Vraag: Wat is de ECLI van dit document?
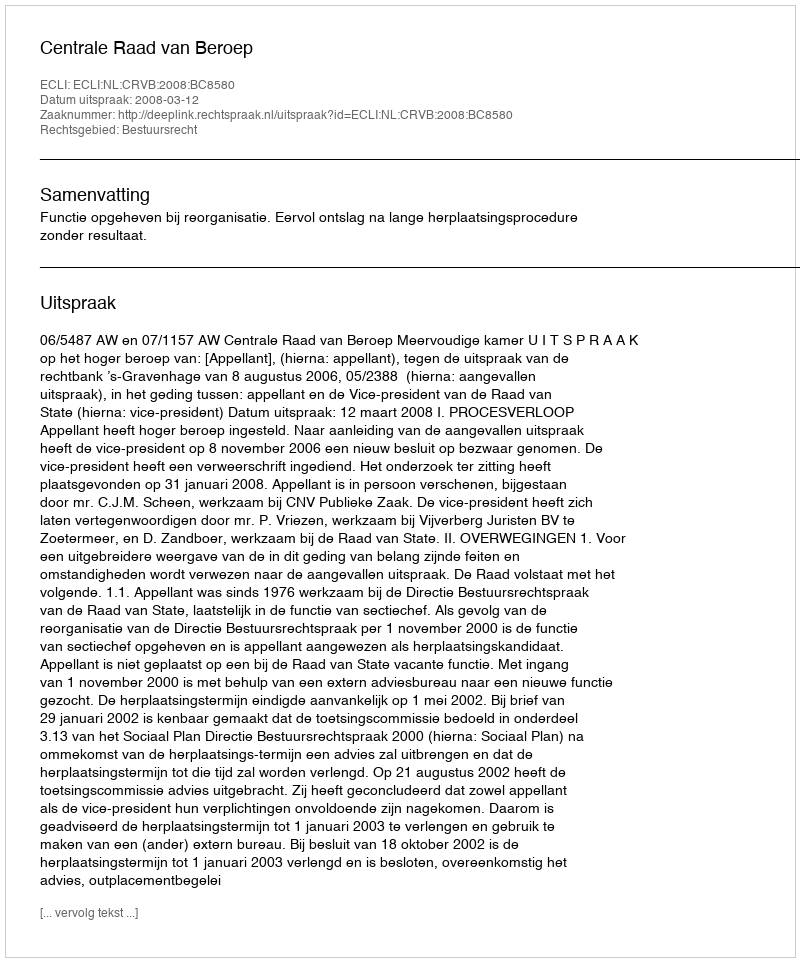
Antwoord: ECLI:NL:CRVB:2008:BC8580